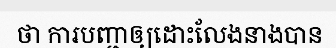
ថា ការបញ្ជាឲ្យដោះលែងនាងបាន